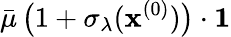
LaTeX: \bar{\mu}\, \big(1+\sigma_{\lambda}(\mathbf{x}^{(0)})\big)\cdot\mathbf{1}